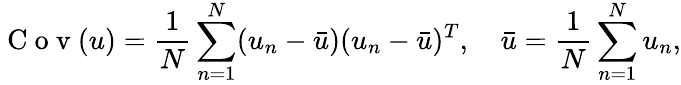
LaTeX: \mathrm{~C~o~v~}(u)=\frac{1}{N}\sum_{n=1}^{N}(u_{n}-\bar{u})(u_{n}-\bar{u})^{T},\quad\bar{u}=\frac{1}{N}\sum_{n=1}^{N}u_{n},